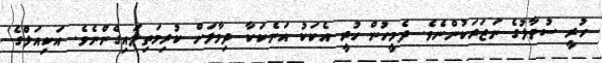
ހުރީ ސުވާލުގެ ނަޒަރަކުންނެވެ. ދެމީހުން ހުރީ އެކަކު އަނެކަކާ ދިމާލަށް ކުރިމަތިލައިގެންނެވެ. އަކިއަލްގެ